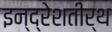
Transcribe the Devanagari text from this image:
इन्द्रेशतीर्थ